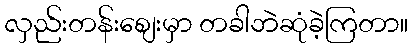
လှည်းတန်းစျေးမှာ တခါဘဲဆုံခဲ့ကြတာ။